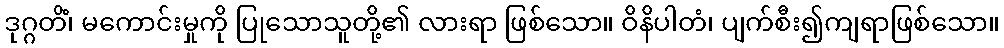
ဒုဂ္ဂတိံ၊ မကောင်းမှုကို ပြုသောသူတို့၏ လားရာ ဖြစ်သော။ ဝိနိပါတံ၊ ပျက်စီး၍ကျရာဖြစ်သော။